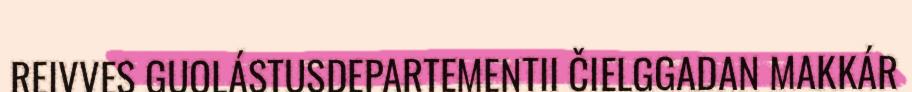
REIVVES GUOLÁSTUSDEPARTEMENTII ČIELGGADAN MAKKÁR